Vaccination in Bombay 1889-1901 - 1889-1901
Year: 1889
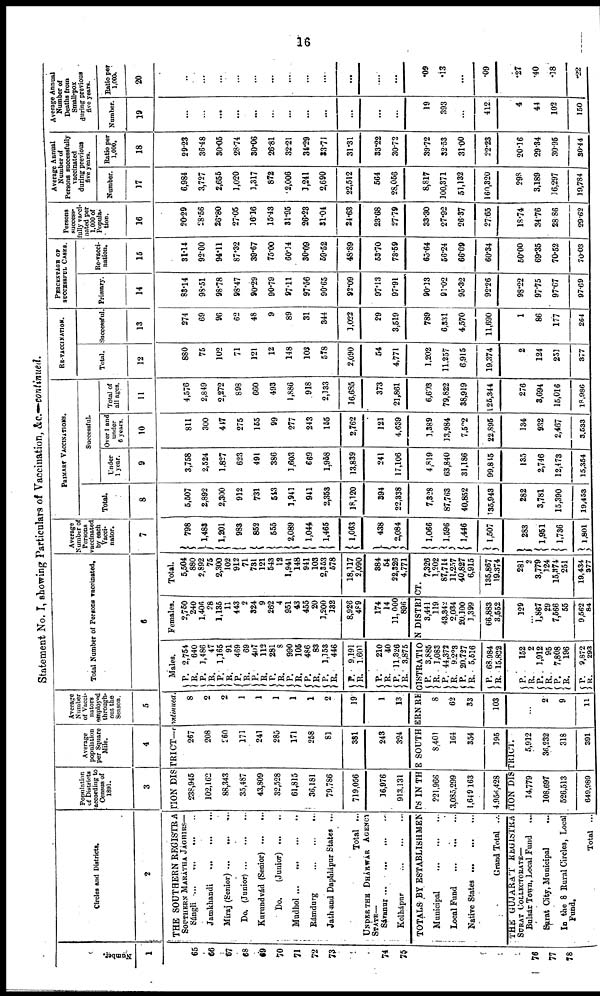
16
Statement No. I, showing Particulars of Vaccination, &c.—continued.
Number.
1
65
66
67
68
69
70
71
72
73
74
75
76
77
78
Circles and Districts.
2
Population
of Districts
according to
Census of
1891.
3
Average
population
per Square
Mile.
4
Average
Number
of Vacci¬
nators
employed
through-
out the
Season.
5
THE SOUTHERN REGISTRATION DISTRICT—continued.
SOUTHERN MARÁTHA JÁGHIRS—
Sángli ...
...
...
...
Jamkhandi
...
...
...
Miraj (Senior)... ... ...
Do.
(Junior)...
...
...
Kurundvád (Senior)
...
...
Do.
(Junior)... ...
Mudhol ... ... ... ...
Rámdurg
...
...
...
Jath and Daphlápur States ...
Total ...
UNDER THE DHÁRWÁR AGENCY
STATE—
Sávanur
...
...
...
...
Kolhápur
...
...
...
238,945
102,162
88,343
35,487
43,809
32,528
61,815
36,181
79,786
719,056
16,976
913,131
267
208
260
171
241
285
171
258
81
381
243
324
8
2
2
1
1
1
1
1
2
19
1
13
Total Number of Persons vaccinated.
6
Males.
P. R.
P.
R.
P.
R.
P. R. P.
R.
P.
R.
P. R.
P.
R.
P.
R.
P.
R.
2,754 640
1,486
47
1,165
91
469
69
407
112
281
8
990
105
486
83
1,153
446
9,191
1,601
P.
R.
P.
R.
210
40
11,326
3.875
Females.
2,750 240
1,406
28
1,135
11
443
2
324
9
262
4
951
43
455
20
1,200
132
8,926
489
174
14
11,000
896
Total.
5,504 880
2,892
75
2,300
102
912
71
731
121
543
12
1,941
148
941
103
2,353
578
18,117
2,090
384
54
22,326
4,771
TOTALS BY ESTABLISHMENTS IN THE SOUTHERN REGISTRATION DISTRICT.
Municipal ... ... ...
Local Fund
...
...
...
Native States ... ... ...
Grand Total ...
221,966
3,085,299
1,649,163
4,956,428
8,401
164
354
195
THE GUJARAT REGISTRATION DISTRICT.
SURAT COLLECTORATE—
Bulsár Town, Local Fund
...
Surat City, Municipal ...
In the 8 Rural Circles, Local
Fund.
Total ...
34,779
108,697
526,513
649,989
5,912
36,232
318
391
8
62
33
103
...
2
9
11
P. R.
P.
R.
P.
R.
P.
R.
3,885
1,083
44,372
9,223
20,727
5,516
68,984
15,822
P.
R.
P.
R.
P.
R.
P.
R.
152
2
1,912
95
7,808
196
9,872
293
3,441
119
43,342
2,034
20,100
1,399
66,883
3,552
129
...
1,867
29
7,566
55
9,562
84
7,326
1,202
87,714
11,257
40,827
6,915
135,867
19,374
281
2 3,779
124
15,574
251
19,434
377
Average
Number of
Persons
vaccinated
by each
Vacci¬
nator.
7
798
1,483
1,201
983
852
555
2,089
1,044
1,465
1,063
438
2,084
1,066
1,596
1,446
1,507
283
1,951
1,736
1,801
PRIMARY VACCINATIONS.
Total.
8
5,507
2,892
2,300
912
731
543
1,941
941
2,353
18,120
394
22,338
7,328
87,763
40,852
135,943
282
3,781
15,390
19,453
Successful.
Under
1 year.
9
3,758
2,524
1,827
623
491
386
1,603
669
1,968
13,839
241
17,106
4,819
63,840
31,186
99,845
135
2,746
12,473
15,354
Over 1 and
under
6 years.
10
811
300
447
275
155
99
277
243
155
2,762
121
4,639
1,389
13,984
7,522
22,895
134
932
2,467
3,533
Total of
all ages.
11
4,576
2,849
2,272
898
660
493
1,886
918
2,133
16,685
373
21,861
6,603
79,822
38,919
125,344
276
3,694
15,016
18,986
RE-VACCINATION.
Total.
12
880
75
102
71
121
12
148
103
578
2,090
54
4,771
1,202
11,257
6,915
19,374
2
124
251
377
Successful.
13
274
69
96
62
48
9
89
31
344
1,022
29
3,519
789
6,331
4,570
11,690
1
86
177
264
PERCENTAGE OF
SUCCESSFUL CASES.
Primary.
14
83.14
98.51
98.78
98.47
90.29
90.79
97.11
97.56
90.65
92.09
97.13
97.91
90.13
91.02
95.32
92.26
98.22
97.75
97.67
97.69
Re-vacci¬
nation.
15
31.14
92.00
94.11
87.32
39.67
75.00
60.14
30.09
59.52
48.89
53.70
73.59
65.64
56.24
66.09
60.34
50.00
69.35
70.52
70.03
Persons
success¬
fully vacci-
nated per
1,000 of
Popula-
tion.
16
20.29
28.56
26.80
27.05
16.16
15.43
31.95
26.23
31.04
24.63
23.68
27.79
33.30
27.92
26.37
27.65
18.74
34.76
28.86
29.62
Average Annual
Number of
Persons successfully
vaccinated
during previous
five years.
Number.
17
6,984
3,727
2,655
1,020
1,317
872
2,006
1,241
2,690
22,512
564
28,056
8,817
100,371
51,132
160,320
298
3,189
16,297
19,784
Ratio per
1,000.
18
29.23
36.48
30.05
28.74
30.06
26.81
32.21
34.29
33.71
31.31
33.22
30.72
39.72
32.53
31.00
22.23
20.16
29.34
30.95
30.44
Average Annual
Number of
Deaths from
Small-pox
during previous
five years.
Number.
19
...
...
...
...
...
...
...
...
...
...
...
...
19
393
...
412
4
44
102
150
Ratio per
1,000.
20
...
...
...
...
...
...
...
...
...
...
...
.09
0.13
...
.09
.27
.40
.18
.22